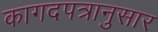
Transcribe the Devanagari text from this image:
कागदपत्रानुसार